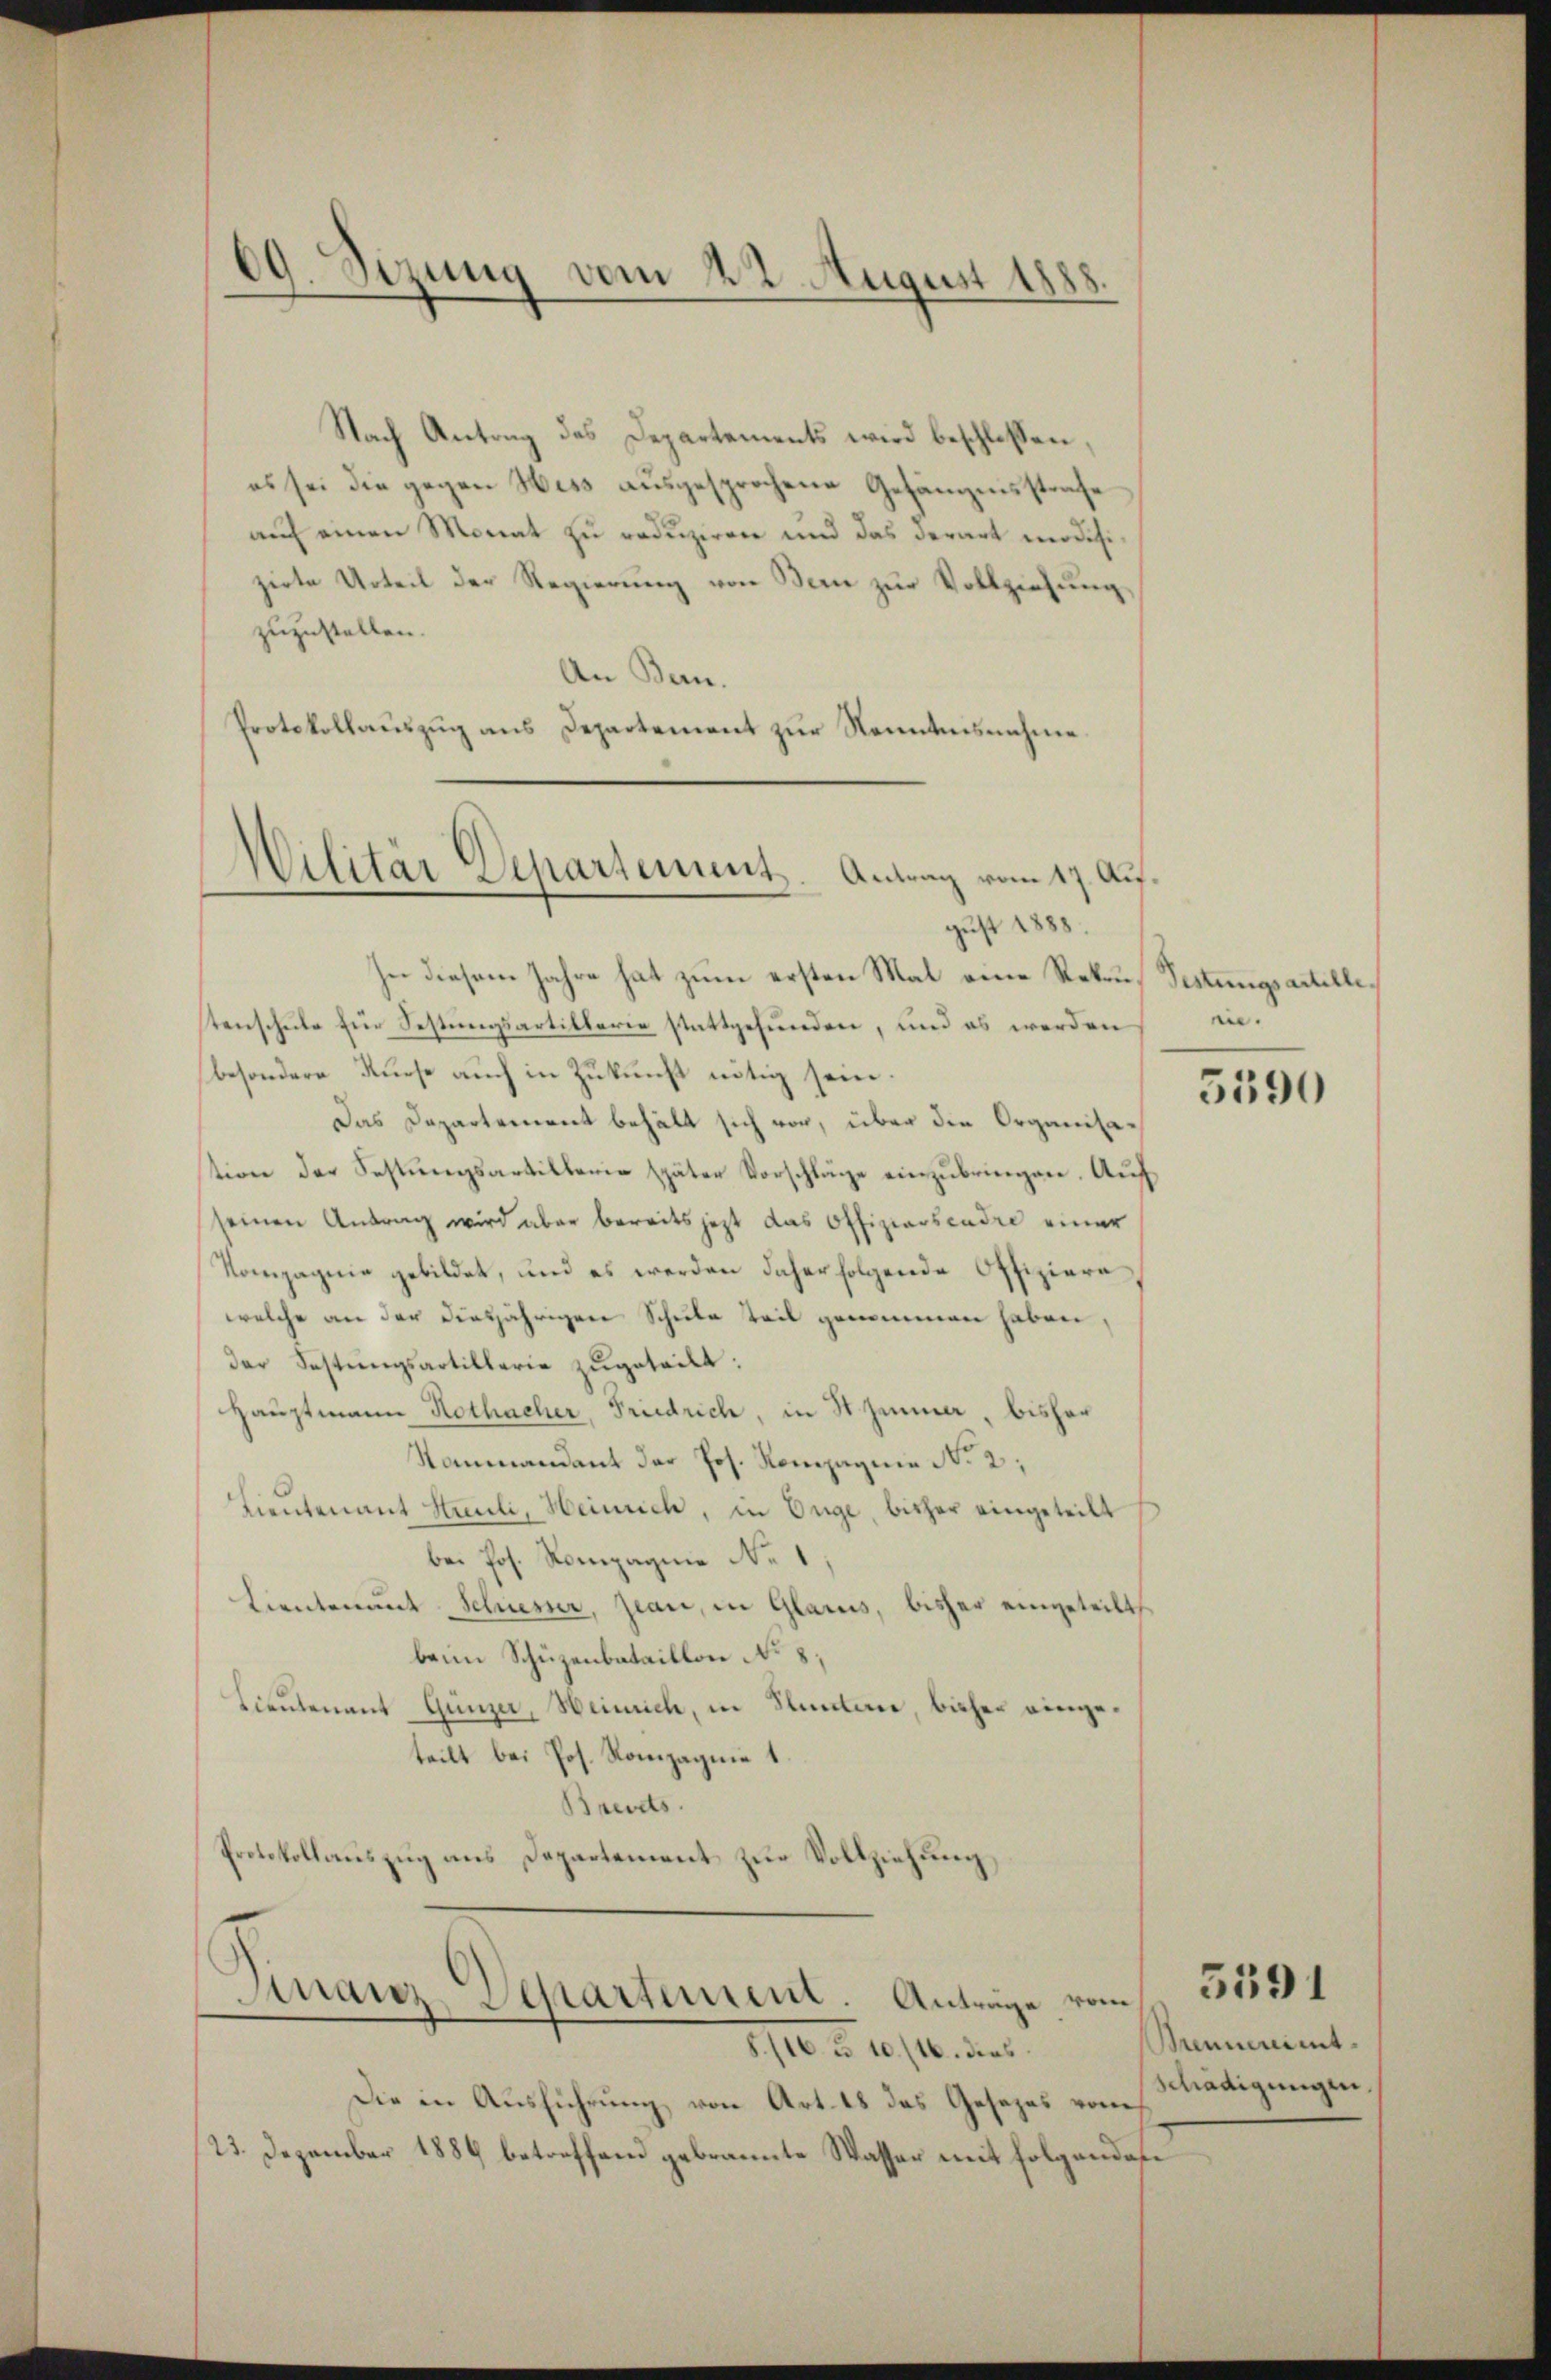
69. Sizung vom 22. August 1885

Nach Antrag des Departements wird beschlossen,
es sei die gegen Hess ausgesprochene Gefängnisstrafe
auf einen Monat zu reduziren und das derart modifizirte Urteil der Regierung von Berne zur Vollziehung,
zuzustellen.
An Bern.
Protokollauszug aus Departement zur Kenntnisnahme.
In diesem Jahre hat zum ersten Mal eine Rekrustenschule Ein Festungsartillerie stattgefunden, und es werden
besondere Kurse auch in Zukunft nötig sein.
Das Departement behält sich von, über die Organisastion der Festŭngsartillerie später Vorschläge einzŭbringen. Auf
seinen Antrag wird aber bereits jetzt das Offiziarscadre einer
Kompagnie gebildet, und es werden daher folgende Offiziere
welche an der diesjährigen Schule Teil genommen haben,
Der Festungsartillerie zugeteilt:
Hauptmann Rothacher, Friedrich, in St. Jeumer, bisher
Stammandant der Jos. Kompagnie No 2;
Lieutenant Stauli, Heinrich, in Enge, bisher eingeteilt
bei Jos. Kompagnie No 1,
Lieutenant Schiesser, Jean, in Glarus, bisher eingeteilt.
beim Schüzenbataillon No 8;
Lieutenant Gunzer, Heinrich, in Stunterie, bisher eingeteilt bei Jos. Rompagnie 1.
Brevets.
Protokollauszug ans Departement zur Vollziehung,
Finanz-Departement. Anträge vom 150
1/10 Fr. 10/10. dies
Die in Ausführung von Art. 18 das Gesezes vom nädigungen,
23. Dezember 1884 betreffend gebrannte Wasser mit folgenden

Militar Separtement. Antrag vom 17. August 1888.

Festungsartelle
en.

5390

Brennunimt.